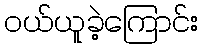
ဝယ်ယူခဲ့ကြောင်း